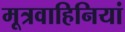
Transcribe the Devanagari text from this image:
मूत्रवाहिनियां